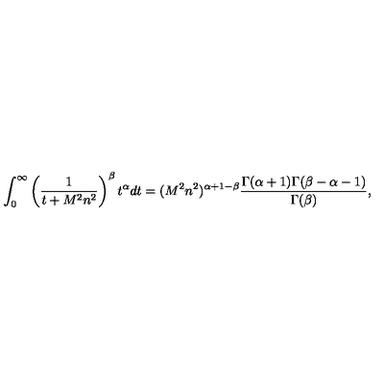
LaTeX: \int _ { 0 } ^ { \infty } \left( \frac { 1 } { t + M ^ { 2 } n ^ { 2 } } \right) ^ { \beta } t ^ { \alpha } d t = ( M ^ { 2 } n ^ { 2 } ) ^ { \alpha + 1 - \beta } \frac { \Gamma ( \alpha + 1 ) \Gamma ( \beta - \alpha - 1 ) } { \Gamma ( \beta ) } ,